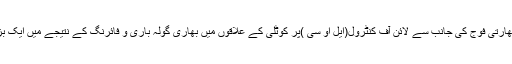
یادر ہے گزشتہ روز بھی بھارتی فوج کی جانب سے لائن آف کنٹرول(ایل او سی )پر کوٹلی کے علاقوں میں بھاری گولہ باری و فائرنگ کے نتیجے میں ایک بزرگ شہری شہید ہوگیا تھا۔